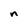
Character: n